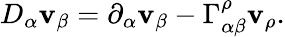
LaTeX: D_{\alpha}\mathbf{v}_{\beta}=\partial_{\alpha}\mathbf{v}_{\beta}-\Gamma_{\alpha\beta}^{\rho}\mathbf{v}_{\rho}.